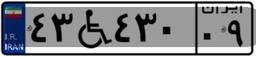
۴۳W۴۳۰۰۹